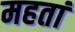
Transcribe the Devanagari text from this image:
महतां